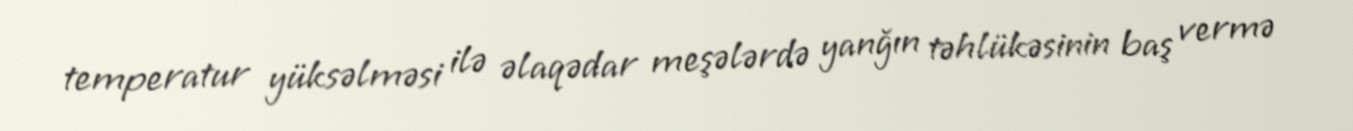
temperatur yüksəlməsi ilə əlaqədar meşələrdə yanğın təhlükəsinin baş vermə